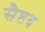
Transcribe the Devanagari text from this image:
सैष्ठव